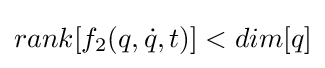
rank[{f_{2}(q,{\dot {q}},t)}]<dim[q]